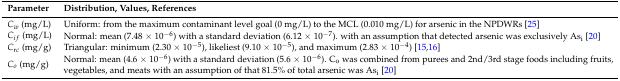
<table><thead><tr><td><b>Parameter</b></td><td><b>Distribution, Values, References</b></td></tr></thead><tbody><tr><td><i>C<sub>w</sub></i> (mg/L)</td><td>Uniform: from the maximum contaminant level goal (0 mg/L) to the MCL (0.010 mg/L) for arsenic in the NPDWRs [25]</td></tr><tr><td><i>C<sub>if</sub></i> (mg/L)</td><td>Normal: mean (7.48 × 10<sup>−6</sup>) with a standard deviation (6.12 × 10<sup>−7</sup>). with an assumption that detected arsenic was exclusively As<sub>i</sub> [20]</td></tr><tr><td><i>C<sub>rc</sub></i> (mg/g)</td><td>Triangular: minimum (2.30 × 10<sup>−5</sup>), likeliest (9.10 × 10<sup>−5</sup>), and maximum (2.83 × 10<sup>−4</sup>) [15,16]</td></tr><tr><td><i>C<sub>o</sub></i> (mg/g)</td><td>Normal: mean (4.6 × 10<sup>−6</sup>) with a standard deviation (5.6 × 10<sup>−6</sup>). C<sub>o</sub> was combined from purees and 2nd/3rd stage foods including fruits, vegetables, and meats with an assumption of that 81.5% of total arsenic was As<sub>i</sub> [20]</td></tr></tbody></table>